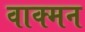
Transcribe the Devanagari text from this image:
वाक्मन